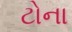
ટોના